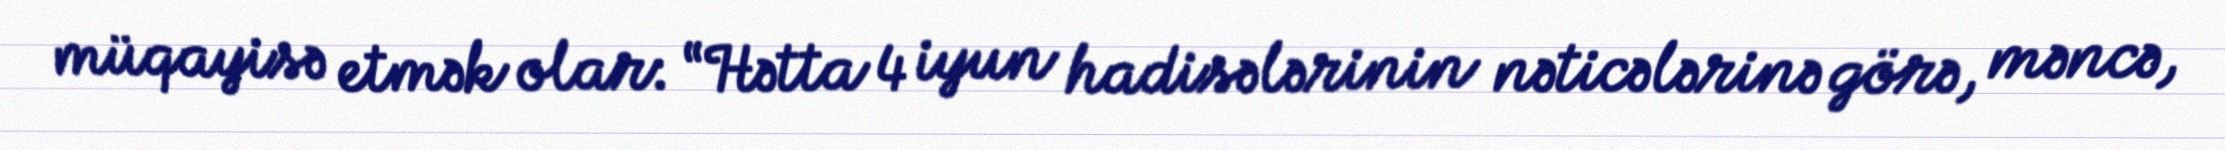
müqayisə etmək olar: “Hətta 4 iyun hadisələrinin nəticələrinə görə, məncə,